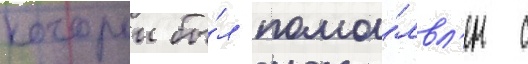
которыи бы́л помо́лвл'ен с